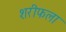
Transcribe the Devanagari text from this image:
शरीफला